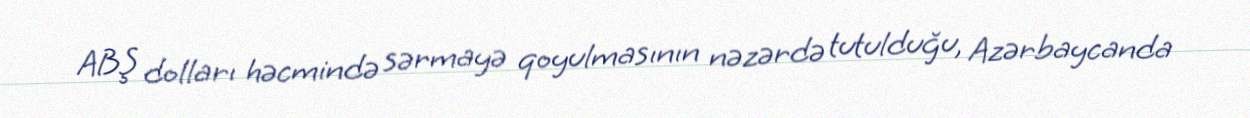
ABŞ dolları həcmində sərmayə qoyulmasının nəzərdə tutulduğu, Azərbaycanda